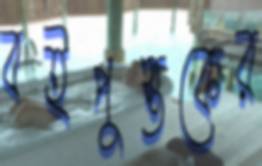
বইপুস্তকের